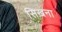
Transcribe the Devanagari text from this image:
सिखना